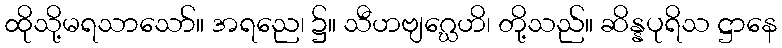
ထိုသို့မရသာသော်။ အရညေ၊ ၌။ သီဟဗျဂ္ဃေဟိ၊ တို့သည်။ ဆိန္နပုရိသ ဋ္ဌာနေ